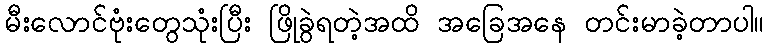
မီးလောင်ဗုံးတွေသုံးပြီး ဖြိုခွဲရတဲ့အထိ အခြေအနေ တင်းမာခဲ့တာပါ။